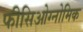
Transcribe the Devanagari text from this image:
फीसिओग्नोमिक